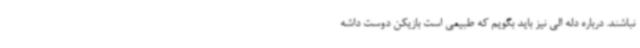
نباشند. درباره دله الی نیز باید بگویم که طبیعی است بازیکن دوست داشه